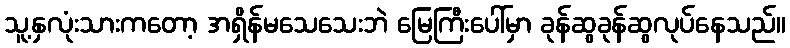
သူ့နှလုံးသားကတော့ အရှိန်မသေသေးဘဲ မြေကြီးပေါ်မှာ ခုန်ဆွခုန်ဆွလုပ်နေသည်။